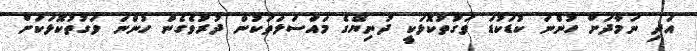
އަދި ނަމާދަށް ހުންނަ ކުޑަކުޑަ ވަގުތުކޮޅަކީ ދުނިޔޭގެ މައްސަލަތަކުން ދުރުވެގެން ހުންނަ ވަގުތުކޮޅަކަށް